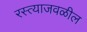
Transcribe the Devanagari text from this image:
रस्त्याजवळील